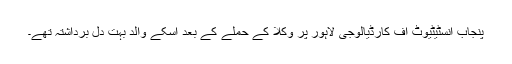
پنجاب انسٹیٹیوٹ آف کارڈیالوجی لاہور پر وکلا کے حملے کے بعد اسکے والد بہت دل برداشتہ تھے۔